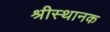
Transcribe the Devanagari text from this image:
श्रीस्थानक